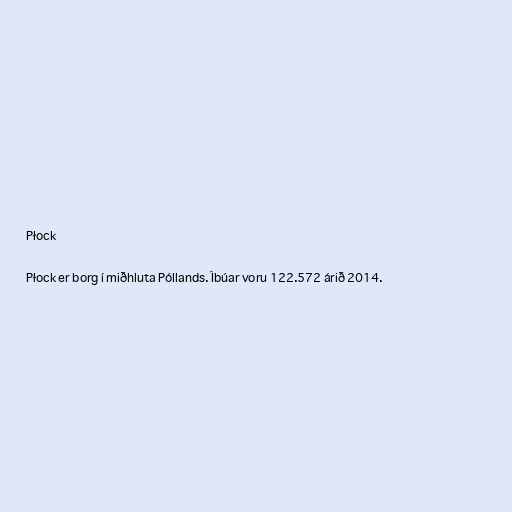
Płock

Płock er borg í miðhluta Póllands. Íbúar voru 122.572 árið 2014.